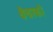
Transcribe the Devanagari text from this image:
थैचरको